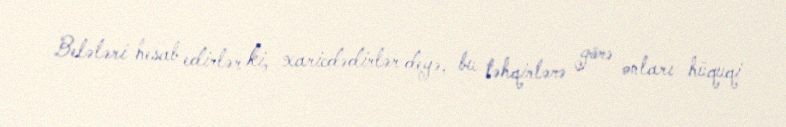
Belələri hesab edirlər ki, xaricdədirlər deyə, bu təhqirlərə görə onları hüquqi